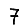
Digit: 7